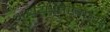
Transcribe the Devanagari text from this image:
अधय्क्षतेखाली